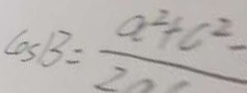
\cos B = \frac { a ^ { 2 } + c ^ { 2 } - } { 2 a c }